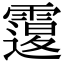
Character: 𩅆